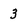
Character: 3